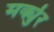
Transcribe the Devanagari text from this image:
मर्क्युर